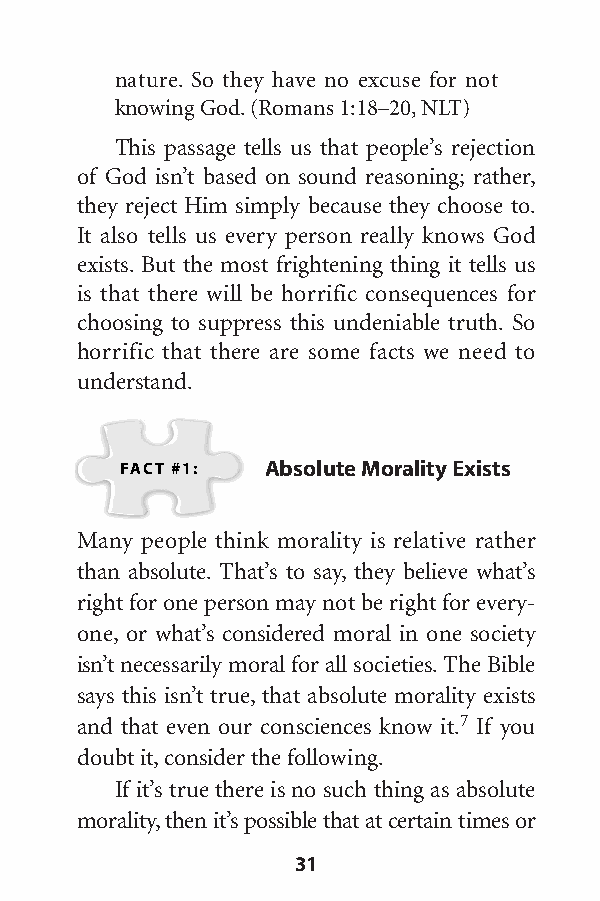
nature. So they have no excuse for not
 knowing God.(Romans 1:18–20,NLT)
 This passage tells us that people’s rejection
 of God isn’t based on sound reasoning; rather,
 they reject Him simply because they choose to.
 It also tells us every person really knows God
 exists. But the most frightening thing it tells us
 is that there will be horrific consequences for
 choosing to suppress this undeniable truth. So
 horrific that there are some facts we need to
 understand.
 FACT #1:  Absolute Morality Exists
 Many people think morality is relative rather
 than absolute. That’s to say, they believe what’s
 right for one person may not be right for every-
 one, or what’s considered moral in one society
 isn’tnecessarily moral for all societies.The Bible
 says this isn’t true, that absolute morality exists
 and that even our consciences know it.7 If you
 doubt it,consider the following.
 If it’s true there is no such thing as absolute
 morality,then it’s possible that at certain times or
 31